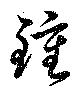
鍾